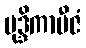
မုဒ္ဒိကာဗီဇံ